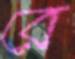
রে